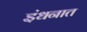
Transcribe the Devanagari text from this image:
इंधनात